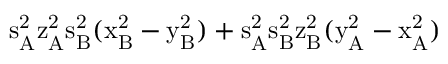
\mathrm { s _ { A } ^ { 2 } \mathrm { z _ { A } ^ { 2 } \mathrm { s _ { B } ^ { 2 } ( \mathrm { x _ { B } ^ { 2 } - \mathrm { y _ { B } ^ { 2 } ) + \mathrm { s _ { A } ^ { 2 } \mathrm { s _ { B } ^ { 2 } \mathrm { z _ { B } ^ { 2 } ( \mathrm { y _ { A } ^ { 2 } - \mathrm { x _ { A } ^ { 2 } ) } } } } } } } } } }